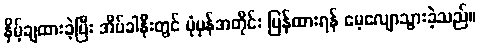
နှိမ့်ချထားခဲ့ပြီး အိပ်ခါနီးတွင် ပုံမှန်အတိုင်း ပြန်ထားရန် မေ့လျောသွားခဲ့သည်။